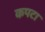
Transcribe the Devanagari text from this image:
कपटा